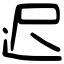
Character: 迟